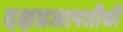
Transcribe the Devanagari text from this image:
दक्षप्रजापतीची